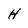
Character: H